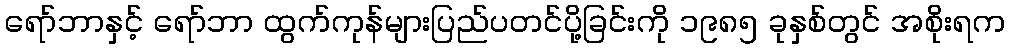
ရော်ဘာနှင့် ရော်ဘာ ထွက်ကုန်များပြည်ပတင်ပို့ခြင်းကို ၁၉၈၅ ခုနှစ်တွင် အစိုးရက